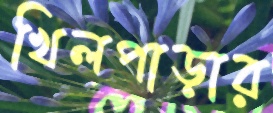
খিলপাড়ার